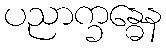
ပညာက္ခန္ဓေန